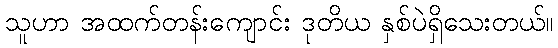
သူဟာ အထက်တန်းကျောင်း ဒုတိယ နှစ်ပဲရှိသေးတယ်။